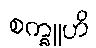
စက္ခူဟိ